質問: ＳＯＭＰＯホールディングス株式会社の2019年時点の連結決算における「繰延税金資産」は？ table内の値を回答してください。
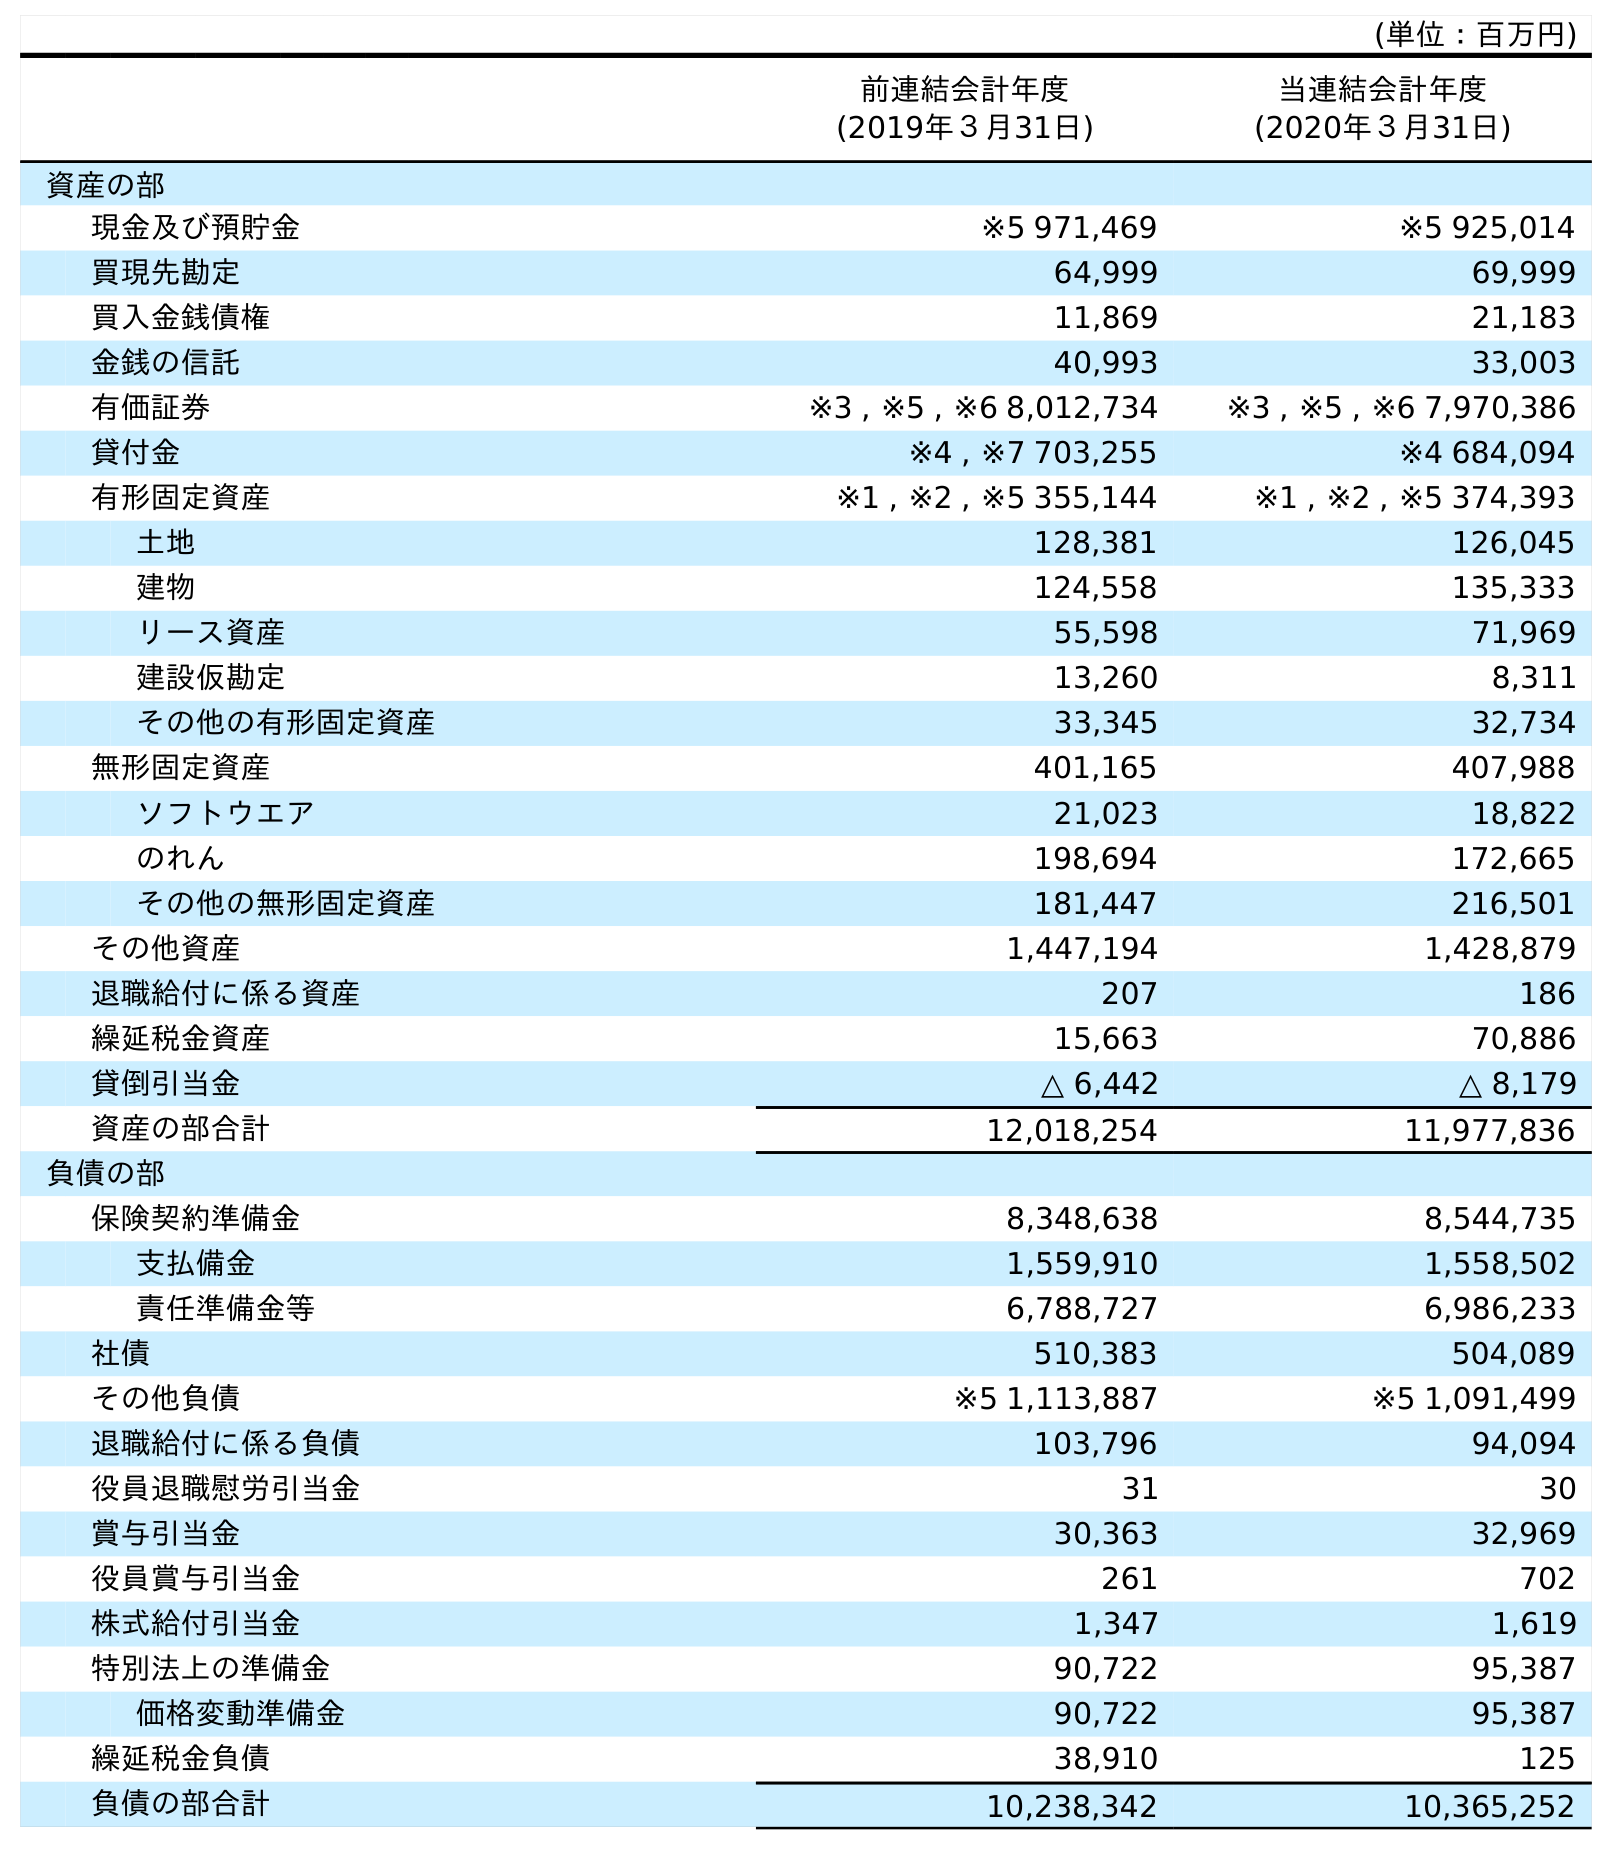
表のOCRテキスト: (単位：百万円) 前連結会計年度 (2019年３月31日) 当連結会計年度 (2020年３月31日) 資産の部 現金及び預貯金 ※5 971,469 ※5 925,014 買現先勘定 64,999 69,999 買入金銭債権 11,869 21,183 金銭の信託 40,993 33,003 有価証券 ※3 , ※5 , ※6 8,012,734 ※3 , ※5 , ※6 7,970,386 貸付金 ※4 , ※7 703,255 ※4 684,094 有形固定資産 ※1 , ※2 , ※5 355,144 ※1 , ※2 , ※5 374,393 土地 128,381 126,045 建物 124,558 135,333 リース資産 55,598 71,969 建設仮勘定 13,260 8,311 その他の有形固定資産 33,345 32,734 無形固定資産 401,165 407,988 ソフトウエア 21,023 18,822 のれん 198,694 172,665 その他の無形固定資産 181,447 216,501 その他資産 1,447,194 1,428,879 退職給付に係る資産 207 186 繰延税金資産 15,663 70,886 貸倒引当金 △ 6,442 △ 8,179 資産の部合計 12,018,254 11,977,836 負債の部 保険契約準備金 8,348,638 8,544,735 支払備金 1,559,910 1,558,502 責任準備金等 6,788,727 6,986,233 社債 510,383 504,089 その他負債 ※5 1,113,887 ※5 1,091,499 退職給付に係る負債 103,796 94,094 役員退職慰労引当金 31 30 賞与引当金 30,363 32,969 役員賞与引当金 261 702 株式給付引当金 1,347 1,619 特別法上の準備金 90,722 95,387 価格変動準備金 90,722 95,387 繰延税金負債 38,910 125 負債の部合計 10,238,342 10,365,252
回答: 15,663